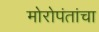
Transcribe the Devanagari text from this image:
मोरोपंतांचा